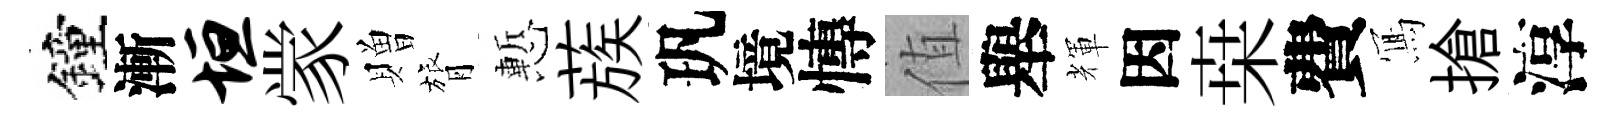
鐘漸垣䝉贈膂慙蔟㺬境慱值舉輝因桒費𭂁搶淳